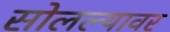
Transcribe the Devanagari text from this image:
सोलल्यावर